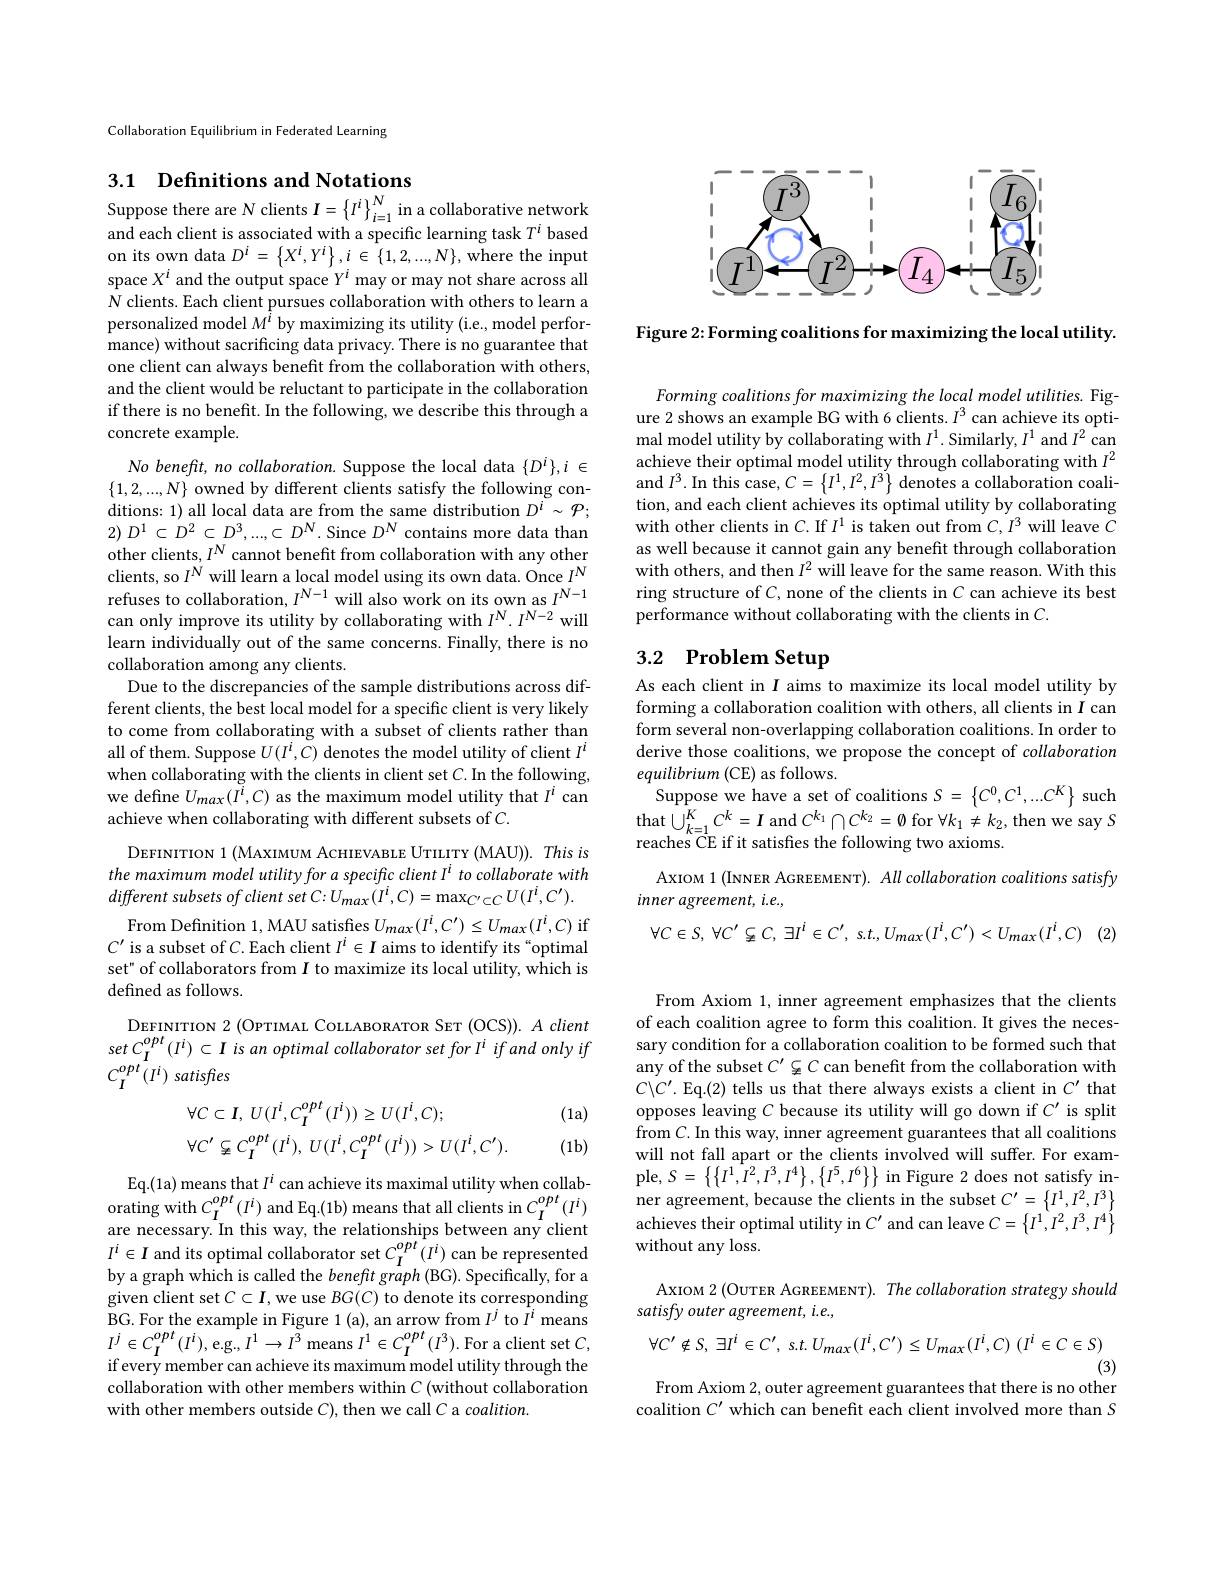
<FigureHere>

Figure 2: Forming coalitions for maximizing the local utility.

Collaboration Equilibrium in Federated Learning

# 3.1 Definitions and Notations Suppose there are $N$ clients $I=\left\{I^i\right\}_i=1^N$ in a collaborative network

and each client is associated with a specific learning task $T^i$ based on its own data $D^i=\left\{X^{i},Y^{i}\right\},i\in\left\{1,2,...,N\right\}$, where the input space $X^i$ and the output space $Y^i$ may or may not share across all $N$ clients. Each client pursues collaboration with others to learn a personalized model $M^{\hat{i}}$ by maximizing its utility (i.e, model performance) without sacrificing data privacy. There is no guarantee that one client can always benefit from the collaboration with others, and the client would be reluctant to participate in the collaboration if there is no benefit. In the following, we describe this through a concrete example.

$No\textit{benefit, no collaboration. Suppose the local data }\{ D^i\} , i\in$ $\{1,2,...,N\}$ owned by different clients satisfy the following conditions: 1) all local data are from the same distribution $D^i\sim\mathcal{P};$ $2) D^{1}$ $\subset$ $D^{2}$ $\subset$ $D^{3}, . . . , \subset$ $D^{N}.$ Since $D^{N}$ contains more data than other clients, $I^{N}$cannot benefit from collaboration with any other clients, so $I^{N}$ will learn a local model using its own data. Once $I^{N}$ refuses to collaboration, $I^{N- 1}$ will also work on its own as $I^{N- 1}$ con onlv improvo itc can only improve its utility by collaborating with $I^{N}.I^{N-2}$ will learn individually out of the same concerns. Finally, there is no collaboration among any clients.
Due to the discrepancies of the sample distributions across different clients, the best local model for a specific client is very likely to come from collaborating with a subset of clients rather than all of them. Suppose $U(I^i,\bar{C})$ denotes the model utility of client $I^i$ when collaborating with the clients in client set $C.$In the following, we define $U_{max}(\tilde{I}^{i},C)$ as the maximum model utility that $I^i$ can achieve when collaborating with different subsets of $C.$

DEFINITION 1 (MAXIMUM ACHIEVABLE UTILITY (MAU)). This is the maximum model utility for a specific client I$^i$ to collaborate with different subsets $of$ client set $C: U_{max}( I^{i}, C) = \max _{C^{\prime }\subset C}U( I^{i}, C^{\prime }) .$ From Definition 1, MAU satisfes $U_{max}(I^i,C^{\prime})\leq U_{max}(I^i,C)$ if
$C^{\prime}$ is a subset of $C.$ Each client $I^i\in I$ aims to identify its“optimal set" of collaborators from $I$ to maximize its local utility, which is defined as follows.

DEFINITION 2 (OPTIMAL COLLABORATOR SET (OCS)). A client set $C_{I}^{opt}(I^{i})\subset I$ is an optimal collaborator set for I$^i$ if and only if $C_{I}^{opt}(I^{i})$ satisfies

(1a)
$$\begin{aligned}&\forall C\subset I,\:U(I^{i},C_{I}^{opt}(I^{i}))\geq U(I^{i},C);\\&\forall C^{\prime}\subsetneqq C_{I}^{opt}(I^{i}),\:U(I^{i},C_{I}^{opt}(I^{i}))>U(I^{i},C^{\prime}).\end{aligned}$$
(1b)

Eq.(1a) means that $I^i$ can achieve its maximal utility when collaborating with $C_I^{opt}(I^i)$ and Eq.(1b) means that all clients in $C_I^{opt}(I^i)$ are necessary. In this way, the relationships between any client $I^i\in I$ and its optimal collaborator set $C_I^{opt}(I^i)$ can be represented by a graph which is called the benefit graph (BG). Specifically, for a given client set $C\subset I$, we use $BG(C)$ to denote its corresponding BG.For the example in Figure 1(a), an arrow from $I^j$ to $I^i$ means $I^{j}\in C_{I}^{opt}(I^{i})$,e.g$,I^{1}\to I^{3}$means $I^{1}\in C_{I}^{opt}(I^{3}).$For a client set $C$, $\bar{\text{if every member can achieve its maximum model utility through the}}$ collaboration with other members within $C$ (without collaboration with other members outside $C)$, then we call C a coalition.

Forming coalitions for maximizing the local model utilities. Figure 2 shows an example BG with 6 clients. $I^3$ can achieve its optimal model utility by collaborating with $I^1.$ Similarly, $I^1$ and $I^2$ can achieve their optimal model utility through collaborating with $I^2$ and $I^3.$ In this case, $C=\left\{I^1,I^2,I^3\right\}$ denotes a collaboration coalition, and each client achieves its optimal utility by collaborating with other clients in $C.$ If $I^1$ is taken out from $C,I^3$ will leave $C$ as well because it cannot gain any benefit through collaboration with others, and then $I^2$ will leave for the same reason. With this ring structure of $C$, none of the clients in $C$ can achieve its best performance without collaborating with the clients in $C.$

# 3.2 Problem Setup

As each client in $I$ aims to maximize its local model utility by forming a collaboration coalition with others, all clients in $I$ can form several non-overlapping collaboration coalitions. In order to derive those coalitions, we propose the concept of collaboration equilibrium (CE) as follows.
Suppose we have a set of coalitions $S= \left \{ C^{0}, C^{1}, . . . C^{K}\right \}$such that$\bigcup_k=1^{K}C^{k}=I$ and $C^{k_{1}}\cap C^{k_{2}}=\emptyset$ for $\forall k_1\neq k_{2}$,then we say $S$ reaches CE if it satisfes the following two axioms.
AxIOM 1 (INNER AGREEMENT). All collaboration coalitions satisfy
inner agreement, i.e.,
$\forall C\in S$, $\forall C^{\prime }\subsetneq C$, $\exists I^{i}\in C^{\prime }$, $s. t. , U_{max}( I^{i}, C^{\prime }) < U_{max}( I^{i}, C)$ (2)

From Axiom 1, inner agreement emphasizes that the clients of each coalition agree to form this coalition. It gives the necessary condition for a collaboration coalition to be formed such that any of the subset $C^\prime\subsetneq C$ can benefit from the collaboration with $C\backslash C^{\prime}.$ Eq.(2) tells us that there always exists a client in $C^\prime$ that opposes leaving $C$ because its utility will go down if $C^\prime$ is split from $C.$ In this way, inner agreement guarantees that all coalitions will not fall apart or the clients involved will suffer. For example, $S=\left\{\left\{I^{1},I^{2},I^{3},I^{4}\right\},\left\{I^{5},I^{6}\right\}\right\}$ in Figure 2 does not satisfy inner agreement, because the clients in the subset $C^\prime=\left\{I^1,I^2,I^3\right\}$ achieves their optimal utility in $C^\prime$ and can leave $C=\left\{I^1,I^2,I^3,I^4\right\}$ without any loss.

AxIOM 2 (OUTER AGREEMENT). The collaboration strategy should
satisfy outer agreement, i.e.,
$$\forall C'\notin S,\:\exists I^i\in C',\:s.t.\:U_{max}(I^i,C')\leq U_{max}(I^i,C)\:(I^i\in C\in S)$$
(3)
From Axiom 2, outer agreement guarantees that there is no other

coalition $C^\prime$ which can benefit each client involved more than $S$